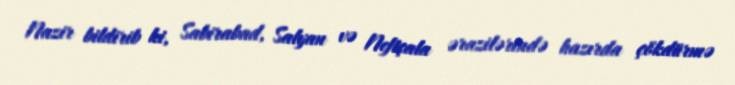
Nazir bildirib ki, Sabirabad, Salyan və Neftçala ərazilərində hazırda çökdürmə